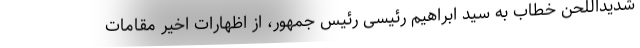
شدیداللحن خطاب به سید ابراهیم رئیسی رئیس جمهور، از اظهارات اخیر مقامات